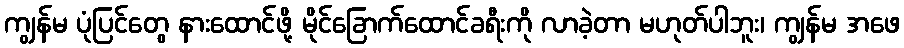
ကျွန်မ ပုံပြင်တွေ နားထောင်ဖို့ မိုင်ခြောက်ထောင်ခရီးကို လာခဲ့တာ မဟုတ်ပါဘူး၊ ကျွန်မ အဖေ